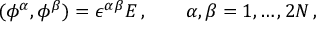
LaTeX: ( \phi ^ { \alpha } , \phi ^ { \beta } ) = \epsilon ^ { \alpha \beta } E \, , \qquad \alpha , \beta = 1 , \dots , 2 N \, ,